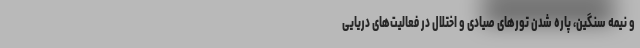
و نیمه سنگین، پاره شدن تورهای صیادی و اختلال در فعالیت‌های دریایی